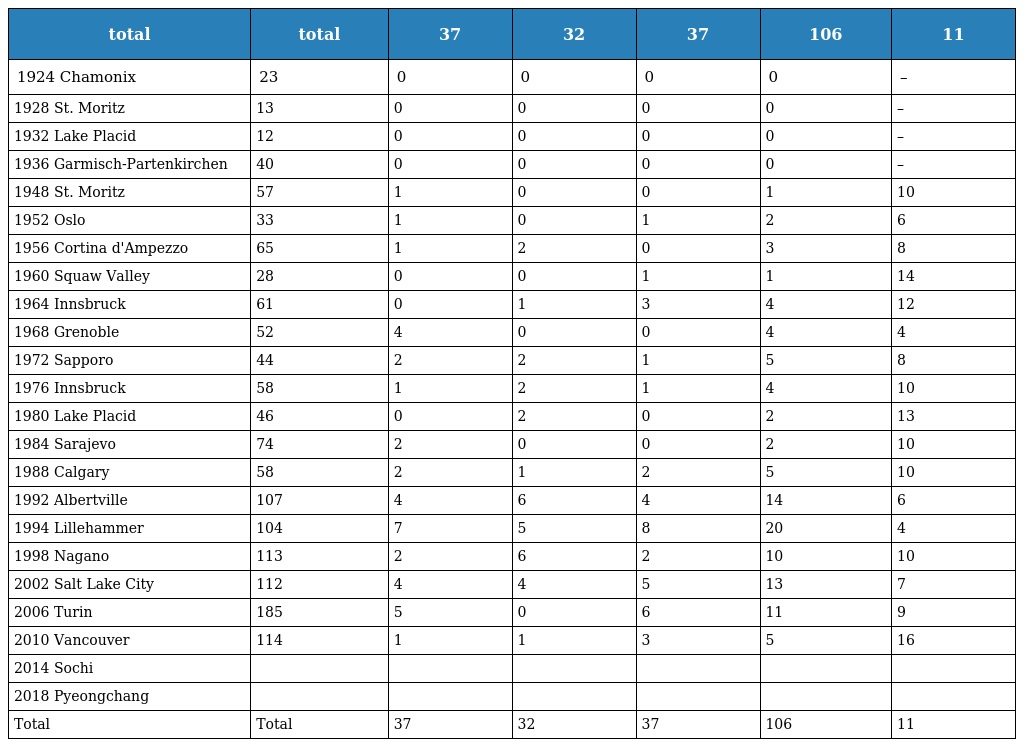
| total | total | 37 | 32 | 37 | 106 | 11 |
 | --- | --- | --- | --- | --- | --- | --- |
 | 1924 Chamonix | 23 | 0 | 0 | 0 | 0 | – |
 | 1928 St. Moritz | 13 | 0 | 0 | 0 | 0 | – |
 | 1932 Lake Placid | 12 | 0 | 0 | 0 | 0 | – |
 | 1936 Garmisch-Partenkirchen | 40 | 0 | 0 | 0 | 0 | – |
 | 1948 St. Moritz | 57 | 1 | 0 | 0 | 1 | 10 |
 | 1952 Oslo | 33 | 1 | 0 | 1 | 2 | 6 |
 | 1956 Cortina d'Ampezzo | 65 | 1 | 2 | 0 | 3 | 8 |
 | 1960 Squaw Valley | 28 | 0 | 0 | 1 | 1 | 14 |
 | 1964 Innsbruck | 61 | 0 | 1 | 3 | 4 | 12 |
 | 1968 Grenoble | 52 | 4 | 0 | 0 | 4 | 4 |
 | 1972 Sapporo | 44 | 2 | 2 | 1 | 5 | 8 |
 | 1976 Innsbruck | 58 | 1 | 2 | 1 | 4 | 10 |
 | 1980 Lake Placid | 46 | 0 | 2 | 0 | 2 | 13 |
 | 1984 Sarajevo | 74 | 2 | 0 | 0 | 2 | 10 |
 | 1988 Calgary | 58 | 2 | 1 | 2 | 5 | 10 |
 | 1992 Albertville | 107 | 4 | 6 | 4 | 14 | 6 |
 | 1994 Lillehammer | 104 | 7 | 5 | 8 | 20 | 4 |
 | 1998 Nagano | 113 | 2 | 6 | 2 | 10 | 10 |
 | 2002 Salt Lake City | 112 | 4 | 4 | 5 | 13 | 7 |
 | 2006 Turin | 185 | 5 | 0 | 6 | 11 | 9 |
 | 2010 Vancouver | 114 | 1 | 1 | 3 | 5 | 16 |
 | 2014 Sochi |  |  |  |  |  |  |
 | 2018 Pyeongchang |  |  |  |  |  |  |
 | Total | Total | 37 | 32 | 37 | 106 | 11 |